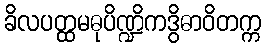
ခိလပတ္ထမဓုပိဏ္ဍိကဒွိဓာဝိတက္က